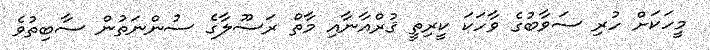
މީހަކަށް ހުރި ސަވާބުގެ ވާހަކަ ކީރިތީ ޤުރްއާނާއި މާތް ރަސޫލާގެ ސުންނަތުން ސާބިތުވެ